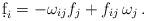
LaTeX: \begin{align*}\d f_i = -\omega_{ij} f_j + f_{ij}\,\omega_j\,.\end{align*}